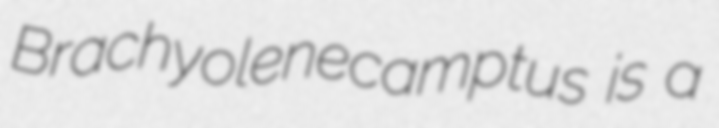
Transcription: Brachyolenecamptus is a